Senior Leaving Certificate Examination (including Day School Certificate (Higher) General paper), 1948
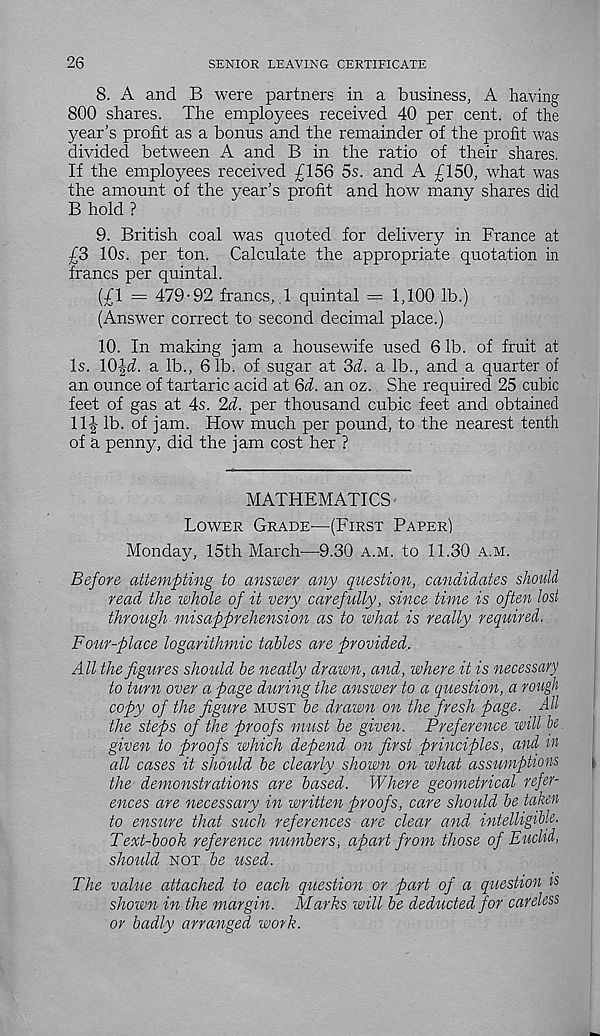
26
SENIOR LEAVING CERTIFICATE
8. A and B were partners in a business, A having
800 shares. The employees received 40 per cent, of the
year’s profit as a bonus and the remainder of the profit was
divided between A and B in the ratio of their shares.
If the employees received £156 5s. and A £150, what was
the amount of the year’s profit and how many shares did
B hold ?
9. British coal was quoted for delivery in France at
£3 10s. per ton. Calculate the appropriate quotation in
francs per quintal.
(£1 = 479-92 francs, 1 quintal = 1,100 lb.)
(Answer correct to second decimal place.)
10. In making jam a housewife used 61b. of fruit at
Is.
a lb., 61b. of sugar at 3d. a lb., and a quarter of
an ounce of tartaric acid at 6d. an oz. She required 25 cubic
feet of gas at 4s. 2d. per thousand cubic feet and obtained
11-| lb. of jam. How much per pound, to the nearest tenth
of a penny, did the jam cost her ?
MATHEMATICS
Lower Grade—(First Paper)
Monday, 15th March—9.30 a.m. to 11.30 a.m.
Before attempting to answer any question, candidates should
read the whole of it very carefully, since time is often lost
through misapprehension as to what is really required.
Four-place logarithmic tables are provided.
All the figures should be neatly drawn, and, where it is necessary
to turn over a page driring the answer to a question, a rough
copy of the figure must be drawn on the fresh page. _ All
the steps of the proofs must be given. Preference will be
given to proofs which depend on first principles, and in
all cases it should be clearly shown on what assumptions
the demonstrations are based. Where geometrical refer-
ences are necessary in written proofs, care should be taken
to ensure that such references are clear and intelligible-
Text-book reference numbers, apart from those of Euclid,
should not be used.
The value attached to each question or part of a question is
shown in the margin. Marks will be deducted for careless
or badly arranged work.